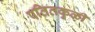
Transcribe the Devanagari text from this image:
पतितकुळी